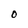
Character: O